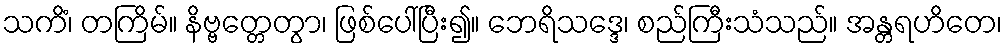
သကိံ၊ တကြိမ်။ နိဗ္ဗတ္တေတွာ၊ ဖြစ်ပေါ်ပြီး၍။ ဘေရိသဒ္ဒေ၊ စည်ကြီးသံသည်။ အန္တရဟိတေ၊